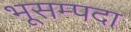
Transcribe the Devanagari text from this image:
भूसम्पदा